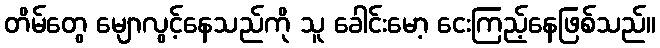
တိမ်တွေ မျောလွင့်နေသည်ကို သူ ခေါင်းမော့ ငေးကြည့်နေဖြစ်သည်။